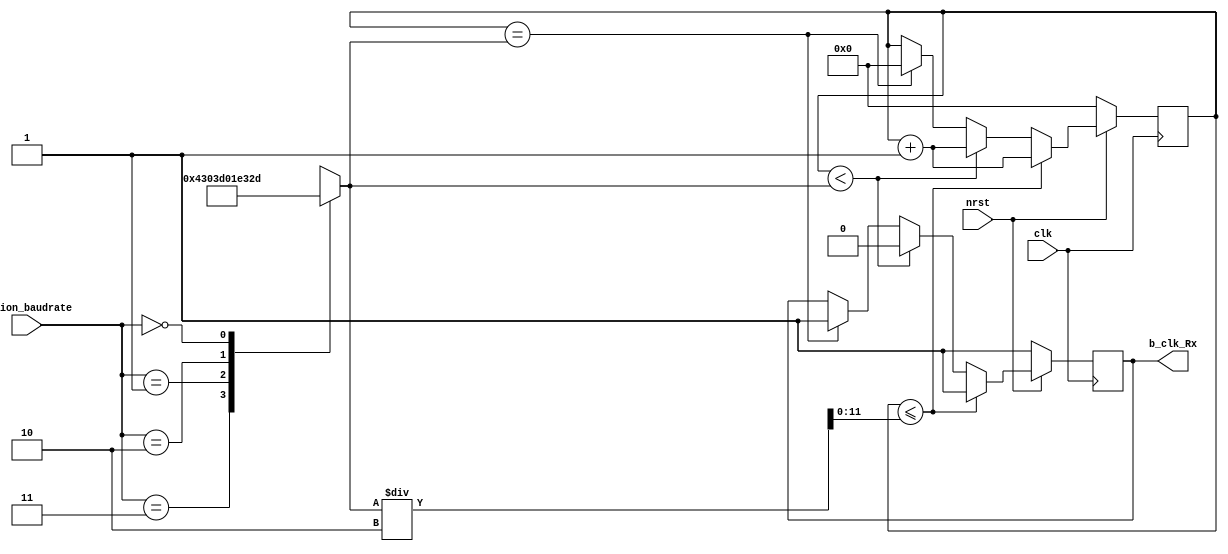
`timescale 1ns / 1ps
//////////////////////////////////////////////////////////////////////////////////
// Company: 
// Engineer: 
// 
// Design Name: 
// Module Name: Baurate_clk_Rx
// Project Name: 
// Target Devices: 
// Tool Versions: 
// Description: 
// 
// Dependencies: 
// 
// Revision:
// Revision 0.01 - File Created
// Additional Comments:
// 
//////////////////////////////////////////////////////////////////////////////////


module Baudrate_clk_Rx(
    input [1:0]option_baudrate,
    input clk, nrst,
    output reg b_clk_Rx
    );
    
    parameter max_no_count = 67; // 125MHz/115200/16
    reg [11:0] no_count, half_no_count;
    
    
    always @(*) begin
        case (option_baudrate)
            2'b11 : no_count <= 67;
            2'b01 : no_count <= 61;
            2'b10 : no_count <= 30;
            2'b00 : no_count <= 813; //testbench
        endcase
        
        half_no_count <= no_count /2;
    end
    
    reg [11:0]count; // 125MHz/115200
    
    always @(posedge clk) begin
        if (!nrst) begin
            count =0;
            b_clk_Rx =1;
        end
        else begin
            if (count <= half_no_count) begin //542/16
                count <= count +1;
                b_clk_Rx <=1;
            end
            else if (count <no_count) begin //1085/16
                count <= count +1;
                b_clk_Rx <=0;
            end
            else if (count ==no_count) begin
                count <= 0;
                b_clk_Rx <=1;
            end
        end
    end
endmodule